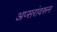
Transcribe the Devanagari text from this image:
अप्सरांवरून